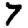
Digit: 7